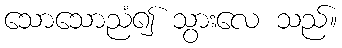
သောသောညံ၍ သွားလေ သည်။